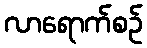
လာရောက်စဉ်